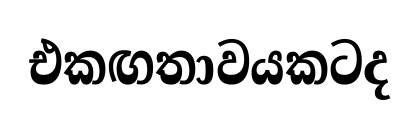
එකඟතාවයකටද